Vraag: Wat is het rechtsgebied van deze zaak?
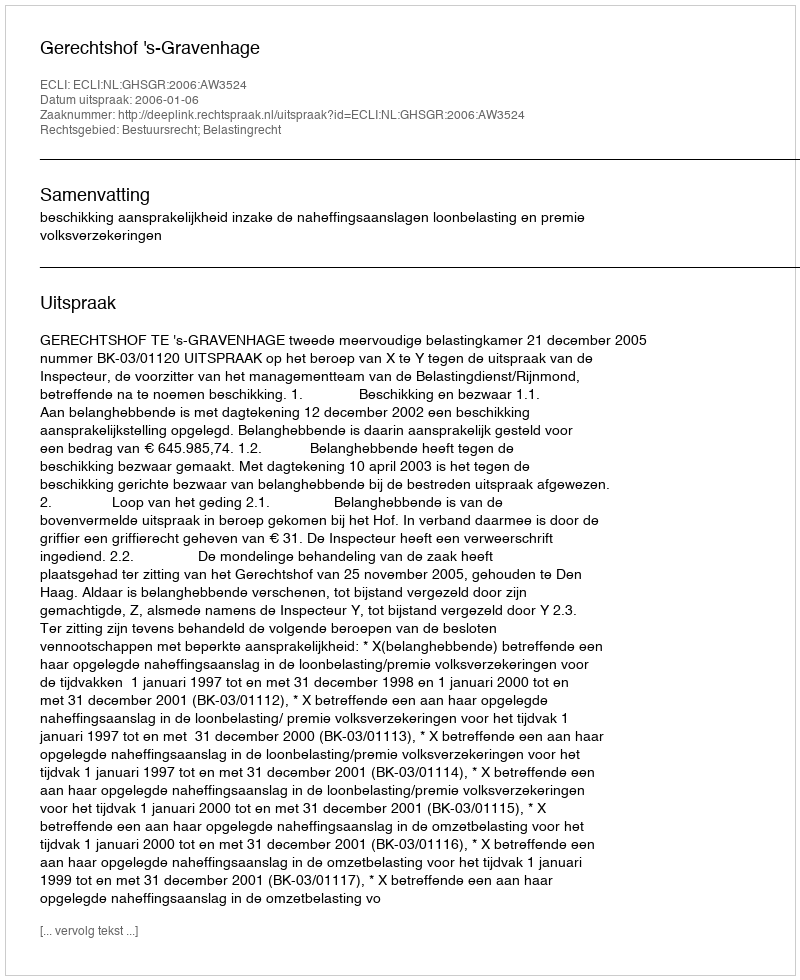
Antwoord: Bestuursrecht; Belastingrecht